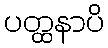
ပတ္ထနာပိ